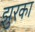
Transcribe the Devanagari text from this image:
झुरका